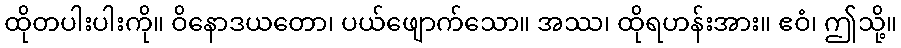
ထိုတပါးပါးကို။ ဝိနောဒယတော၊ ပယ်ဖျောက်သော။ အဿ၊ ထိုရဟန်းအား။ ဧဝံ၊ ဤသို့။